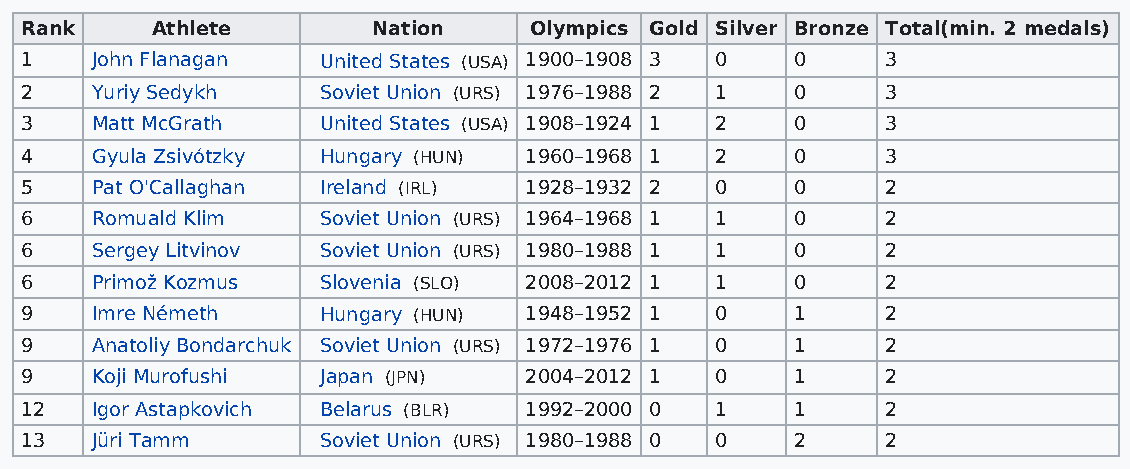
Rank     Athlete        Nation    Olympics Gold Silver Bronze Total(min. 2 medals)
 1    John Flanagan  United States (USA) 1900–1908 3 0 0   3
 2    Yuriy Sedykh   Soviet Union (URS) 1976–1988 2 1 0    3
 3    Matt McGrath   United States (USA) 1908–1924 1 2 0   3
 4    Gyula Zsivótzky Hungary (HUN) 1960–1968 1 2    0     3
 5    Pat O'Callaghan Ireland (IRL) 1928–1932 2 0    0     2
 6    Romuald Klim   Soviet Union (URS) 1964–1968 1 1 0    2
 6    Sergey Litvinov Soviet Union (URS) 1980–1988 1 1 0   2
 6    Primož Kozmus  Slovenia (SLO) 2008–2012 1 1    0     2
 9    Imre Németh    Hungary (HUN) 1948–1952 1 0     1     2
 9    Anatoliy Bondarchuk Soviet Union (URS) 1972–1976 1 0 1 2
 9    Koji Murofushi Japan (JPN)   2004–2012 1 0     1     2
 12   Igor Astapkovich Belarus (BLR) 1992–2000 0 1   1     2
 13   Jüri Tamm      Soviet Union (URS) 1980–1988 0 0 2    2